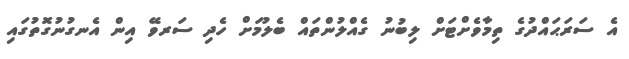
އެ ސަރަޙައްދުގެ ތިމާވެށްޓަށް ލިބުނު ގެއްލުންތައް ބެލުމަށް ހެދި ސަރވޭ އިން އެނގުނުގޮތުގައި